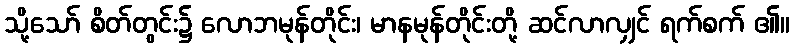
သို့သော် စိတ်တွင်း၌ လောဘမုန်တိုင်း၊ မာနမုန်တိုင်းတို့ ဆင်လာလျှင် ရက်စက် ၏။